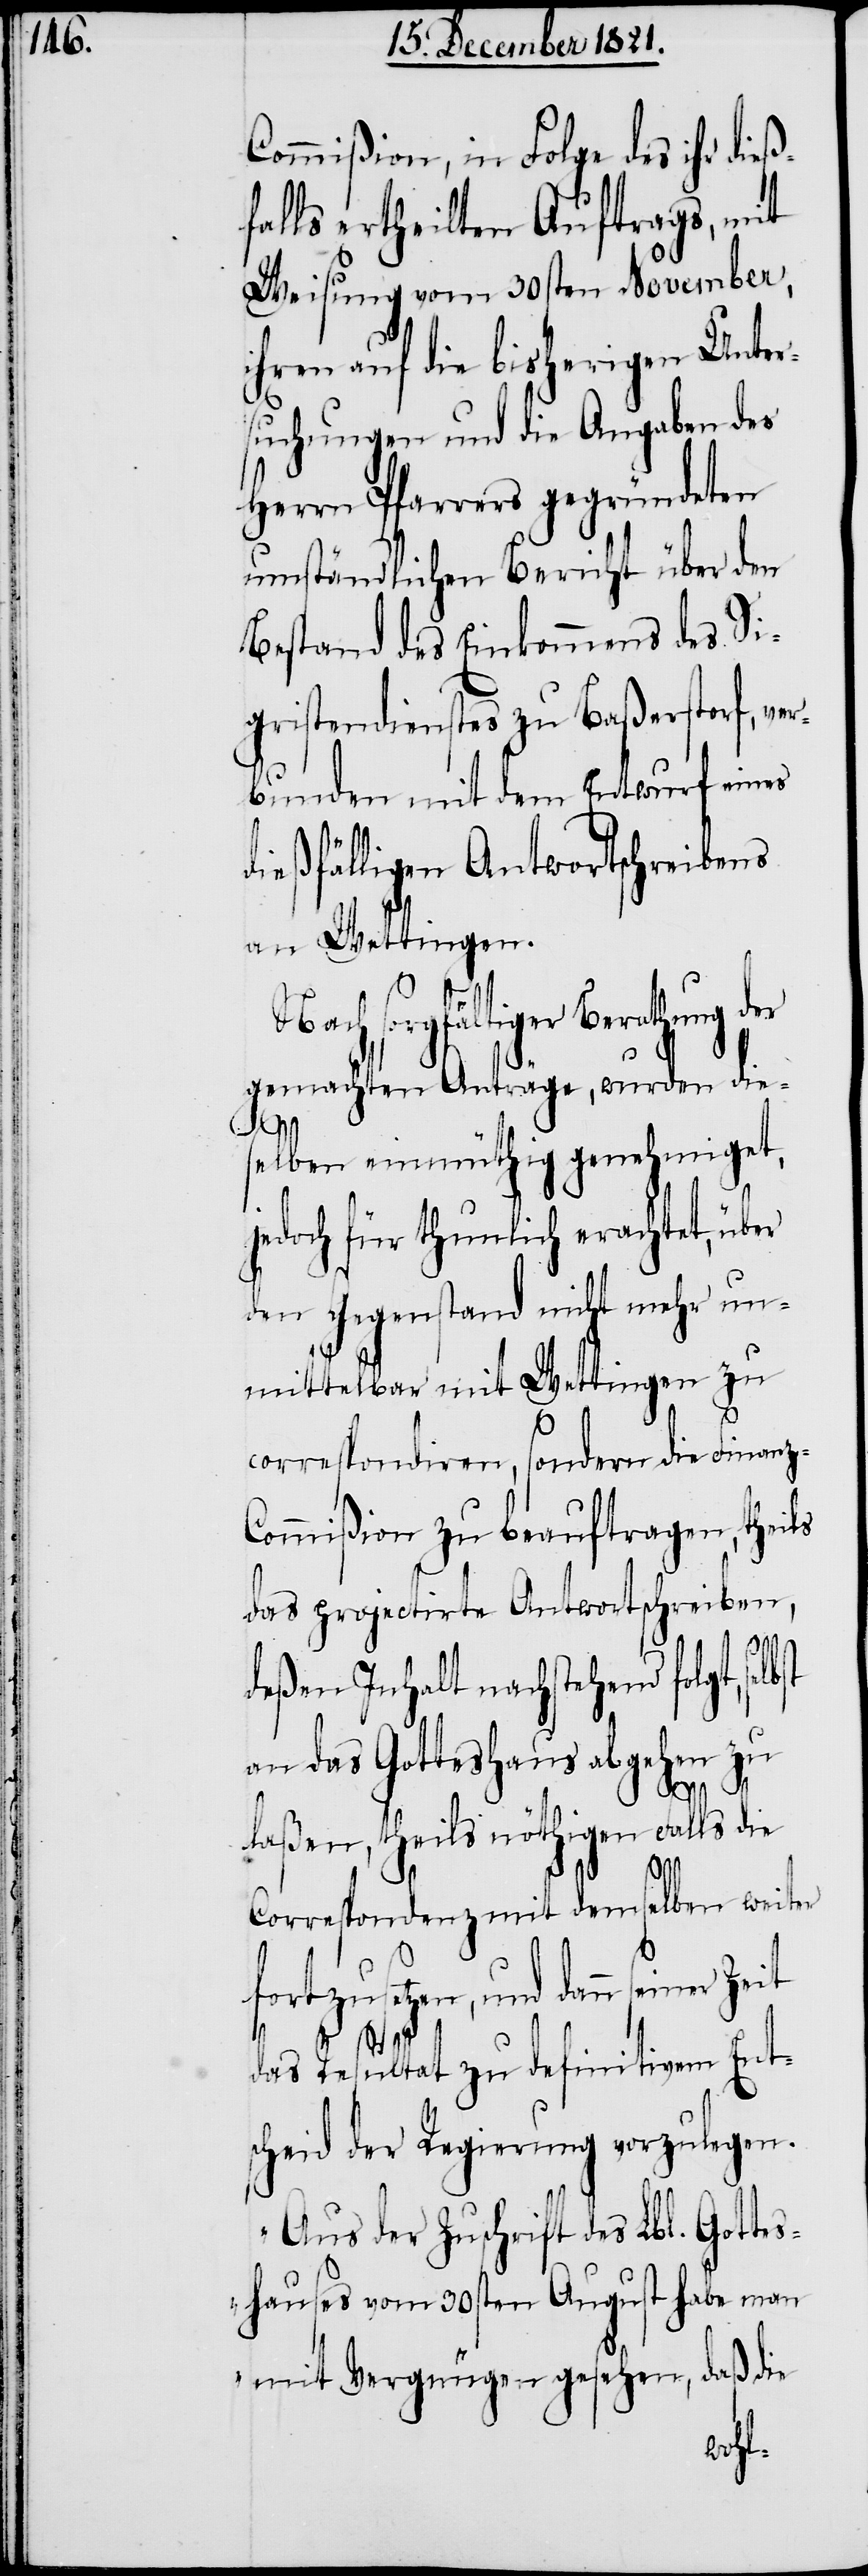
Commißion, in Folge des ihr dieß¬
falls ertheilten Auftrags, mit
Weisung vom 30sten November,
ihren auf die bisherigen Unter¬
suchungen und die Angaben des
Herrn Pfarrers gegründeten
umständlichen Bericht über den
Bestand des Einkommens des Si¬
gristendienstes zu Baßerstorf, ver¬
bunden mit dem Entwurf eines
dießfälligen Antwortschreibens
an Wettingen.
sorgfältiger Berathung d¬
gemachten Anträge, wurden die¬
selben einmüthig genehmiget,
edoch für thunlich erachtet, üb¬
den Gegenstand nicht mehr un¬
mittelbar mit Wettingen zu
correspondiren, sondern die Finan¬
ommißion zu beauftragen, theils
das projectirte Antwortschreiben,
lbst
deßen Inhalt nachstehend folgt, se¬
n zu
an das Gotteshaus abgehe¬
laßen, theils nöthigen Falls die
Correspondenz mit demselben weiter
fortzusetzen, und dann seiner
j¬
das Resultat zu definitivem Ents¬
cheid der Regierung vorzulegen.
„Aus der Zuschrift des Lbl. Gotte¬
shauses vom 30sten August habe man
mit Vergnügen gesehen, daß die
z-C¬